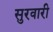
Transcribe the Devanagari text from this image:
सुरवारी